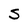
Character: S